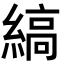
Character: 縞